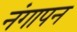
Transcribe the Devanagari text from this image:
नंगापन